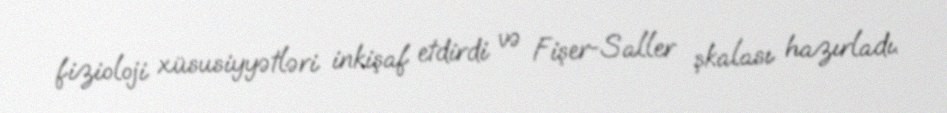
fizioloji xüsusiyyətləri inkişaf etdirdi və Fişer-Saller şkalası hazırladı.